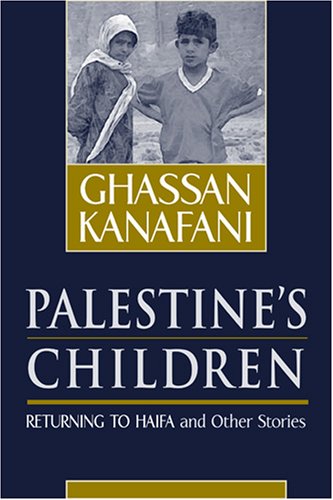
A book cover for Palestine's Children: Returning to Haifa & Other Stories; Ghassan Kanafani; Literature & Fiction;